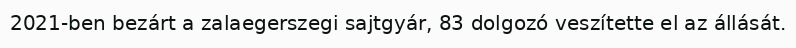
2021-ben bezárt a zalaegerszegi sajtgyár, 83 dolgozó veszítette el az állását.